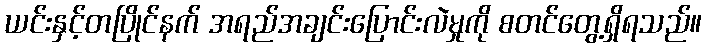
ယင်းနှင့်တပြိုင်နက် အရည်အချင်းပြောင်းလဲမှုကို စတင်တွေ့ရှိရသည်။